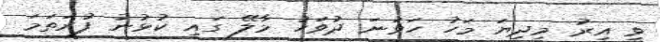
ވީ އިރު މިދިޔަ މަހު ހަވަނަ ދުވަހު މާލޭ ގައި ކުޅުނު ފުރަތަމަ